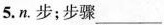
5. n. 步；步骤___